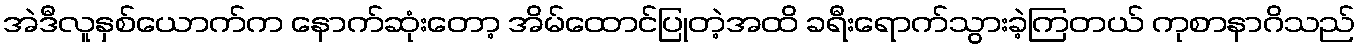
အဲဒီလူနှစ်ယောက်က နောက်ဆုံးတော့ အိမ်ထောင်ပြုတဲ့အထိ ခရီးရောက်သွားခဲ့ကြတယ် ကုစာနာဂိသည်